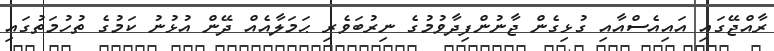
ރާއްޖޭގައި އައިއެސްއާއި ގުޅިގެން ޖާނުންފިދާވުމުގެ ނިރުބަވެރި ޙަމަލާއެއް ދޭން އުޅުނު ކަމުގެ ތުހުމަތުގައި